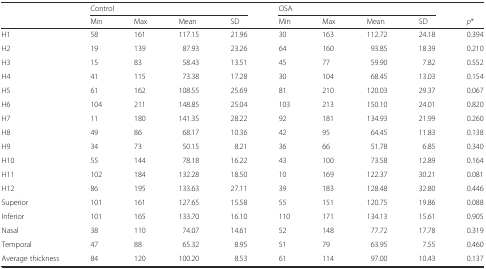
<table><thead><tr><td rowspan="2"></td><td colspan="4"><b>Control</b></td><td colspan="4"><b>OSA</b></td><td></td></tr><tr><td><b>Min</b></td><td><b>Max</b></td><td><b>Mean</b></td><td><b>SD</b></td><td><b>Min</b></td><td><b>Max</b></td><td><b>Mean</b></td><td><b>SD</b></td><td><b><i>p</i>*</b></td></tr></thead><tbody><tr><td>H1</td><td>58</td><td>161</td><td>117.15</td><td>21.96</td><td>30</td><td>163</td><td>112.72</td><td>24.18</td><td>0.394</td></tr><tr><td>H2</td><td>19</td><td>139</td><td>87.93</td><td>23.26</td><td>64</td><td>160</td><td>93.85</td><td>18.39</td><td>0.210</td></tr><tr><td>H3</td><td>15</td><td>83</td><td>58.43</td><td>13.51</td><td>45</td><td>77</td><td>59.90</td><td>7.82</td><td>0.552</td></tr><tr><td>H4</td><td>41</td><td>115</td><td>73.38</td><td>17.28</td><td>30</td><td>104</td><td>68.45</td><td>13.03</td><td>0.154</td></tr><tr><td>H5</td><td>61</td><td>162</td><td>108.55</td><td>25.69</td><td>81</td><td>210</td><td>120.03</td><td>29.37</td><td>0.067</td></tr><tr><td>H6</td><td>104</td><td>211</td><td>148.85</td><td>25.04</td><td>103</td><td>213</td><td>150.10</td><td>24.01</td><td>0.820</td></tr><tr><td>H7</td><td>11</td><td>180</td><td>141.35</td><td>28.22</td><td>92</td><td>181</td><td>134.93</td><td>21.99</td><td>0.260</td></tr><tr><td>H8</td><td>49</td><td>86</td><td>68.17</td><td>10.36</td><td>42</td><td>95</td><td>64.45</td><td>11.83</td><td>0.138</td></tr><tr><td>H9</td><td>34</td><td>73</td><td>50.15</td><td>8.21</td><td>36</td><td>66</td><td>51.78</td><td>6.85</td><td>0.340</td></tr><tr><td>H10</td><td>55</td><td>144</td><td>78.18</td><td>16.22</td><td>43</td><td>100</td><td>73.58</td><td>12.89</td><td>0.164</td></tr><tr><td>H11</td><td>102</td><td>184</td><td>132.28</td><td>18.50</td><td>10</td><td>169</td><td>122.37</td><td>30.21</td><td>0.081</td></tr><tr><td>H12</td><td>86</td><td>195</td><td>133.63</td><td>27.11</td><td>39</td><td>183</td><td>128.48</td><td>32.80</td><td>0.446</td></tr><tr><td>Superior</td><td>101</td><td>161</td><td>127.65</td><td>15.58</td><td>55</td><td>151</td><td>120.75</td><td>19.86</td><td>0.088</td></tr><tr><td>Inferior</td><td>101</td><td>165</td><td>133.70</td><td>16.10</td><td>110</td><td>171</td><td>134.13</td><td>15.61</td><td>0.905</td></tr><tr><td>Nasal</td><td>38</td><td>110</td><td>74.07</td><td>14.61</td><td>52</td><td>148</td><td>77.72</td><td>17.78</td><td>0.319</td></tr><tr><td>Temporal</td><td>47</td><td>88</td><td>65.32</td><td>8.95</td><td>51</td><td>79</td><td>63.95</td><td>7.55</td><td>0.460</td></tr><tr><td>Average thickness</td><td>84</td><td>120</td><td>100.20</td><td>8.53</td><td>61</td><td>114</td><td>97.00</td><td>10.43</td><td>0.137</td></tr></tbody></table>